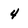
Character: 4